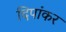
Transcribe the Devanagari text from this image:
दिपांकर